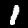
Label: 1